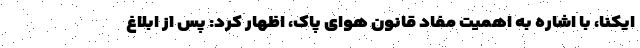
ایکنا، با اشاره به اهمیت مفاد قانون هوای پاک، اظهار کرد: پس از ابلاغ